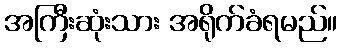
အကြီးဆုံးသား အရိုက်ခံရမည်။